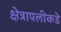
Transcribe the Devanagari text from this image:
क्षेत्रापलीकडे